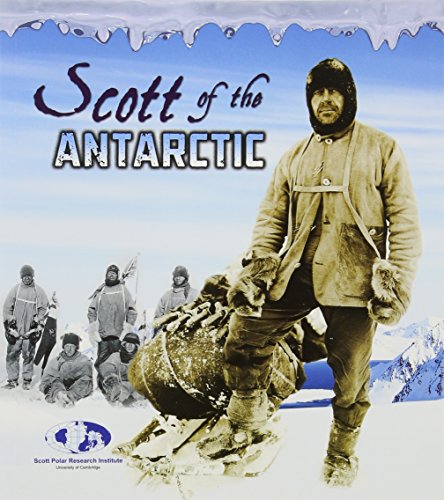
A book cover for Scott of the Antarctic. Evelyn Dowdeswell, Julian Dowdeswell, and Angela Seddon (Young Explorer); Evelyn Dowdeswell; Children's Books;